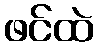
ဖင်ထဲ